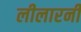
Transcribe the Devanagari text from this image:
लीलारनी